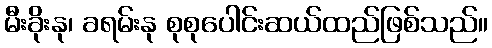
မီးခိုးနု၊ ခရမ်းနု စုစုပေါင်းဆယ်ထည်ဖြစ်သည်။